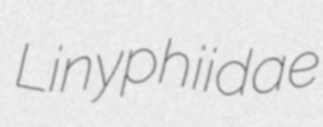
Linyphiidae